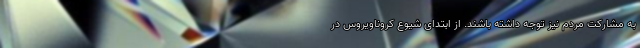
به مشارکت مردم نیز توجه داشته باشند. از ابتدای شیوع کروناویروس در